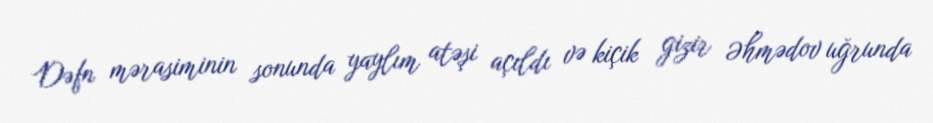
Dəfn mərasiminin sonunda yaylım atəşi açıldı və kiçik gizir Əhmədov uğrunda